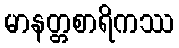
မာနတ္တစာရိကဿ